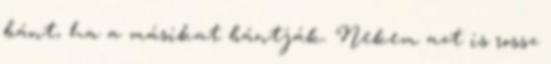
bánt, ha a másikat bántják. Nekem azt is rossz